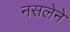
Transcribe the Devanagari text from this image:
नसलेने